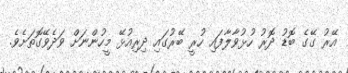
އޭރު ގޭގެ ބޮޑު ދޮރު ހުޅުވާލާފައި ހުރީ ބޭރުގައި ދިރިއުޅޭ މީހުންނަށް ވަދެވޭގޮތަށެވެ.